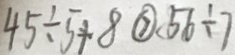
4 5 \div 5 + 8 \textcircled { > } 5 6 \div 7